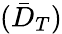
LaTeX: ({\bar{D}_{T}})